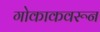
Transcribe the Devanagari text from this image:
गोकाकवरून